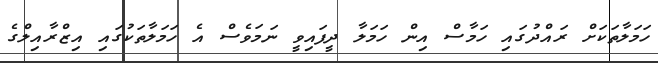
ހަމަލާތަކަށް ރައްދުގައި ހަމާސް އިން ހަމަލާ ދީފައިވީ ނަމަވެސް އެ ހަމަލާތަކުގައި އިޒްރާއިލްގެ